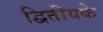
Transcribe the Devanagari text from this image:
द्वितीयके